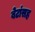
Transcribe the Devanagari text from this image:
बेटांसह